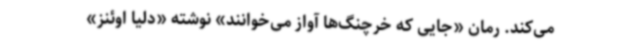
می‌کند. رمان «جایی که خرچنگ‌ها آواز می‌خوانند» نوشته «دلیا اوئنز»‌